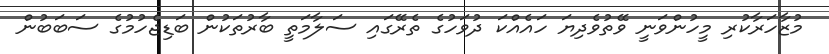
މުޒާހަރާކުރި މީހުންވަނީ ވޭތުވެދިޔަ ހައެއްކަ ދުވަހުގެ ތެރޭގައި ސަލާމަތީ ބާރުތަކުން ބަޑިޖެހުމުގެ ސަބަބުން